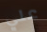
علي